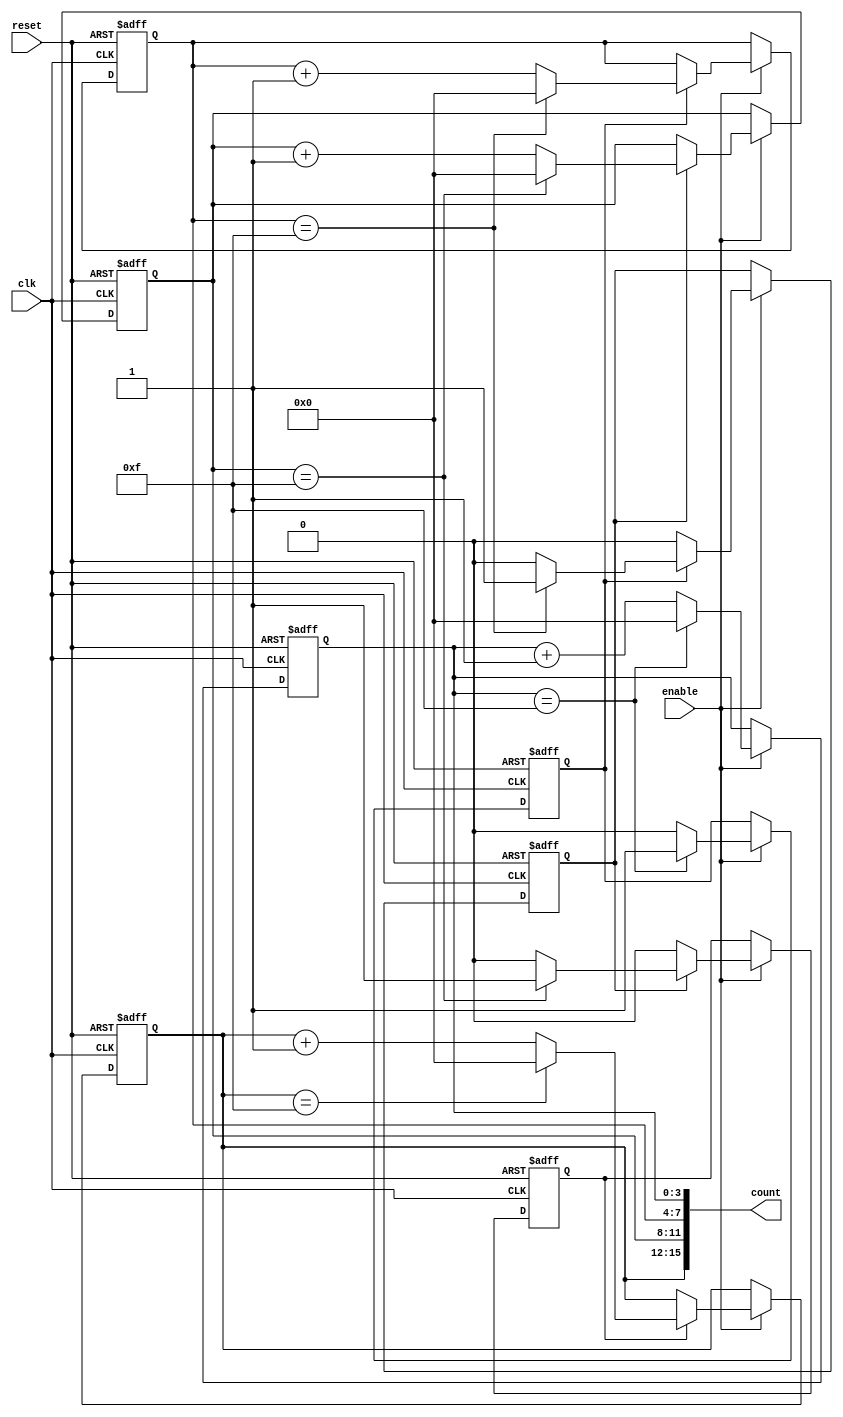
module cascaded_counter #(
    parameter NUM_BLOCKS = 4, // Number of cascaded blocks
    parameter BLOCK_SIZE = 4   // Size of each block in bits
)(
    input wire clk,            // Clock input
    input wire reset,          // Asynchronous reset
    input wire enable,         // Enable signal
    output reg [(NUM_BLOCKS * BLOCK_SIZE) - 1:0] count // Output count
);

    // Internal carry signals for each block
    wire [NUM_BLOCKS:0] carry;

    // Generate the memory blocks
    genvar i;
    generate
        for (i = 0; i < NUM_BLOCKS; i = i + 1) begin : memory_block
            if (i == 0) begin
                // LSB block
                always @(posedge clk or posedge reset) begin
                    if (reset) begin
                        count[(i + 1) * BLOCK_SIZE - 1 -: BLOCK_SIZE] <= 0;
                        carry[i] <= 0;
                    end else if (enable) begin
                        if (count[(i + 1) * BLOCK_SIZE - 1 -: BLOCK_SIZE] == (1 << BLOCK_SIZE) - 1) begin
                            count[(i + 1) * BLOCK_SIZE - 1 -: BLOCK_SIZE] <= 0;
                            carry[i] <= 1; // Generate carry
                        end else begin
                            count[(i + 1) * BLOCK_SIZE - 1 -: BLOCK_SIZE] <= count[(i + 1) * BLOCK_SIZE - 1 -: BLOCK_SIZE] + 1;
                            carry[i] <= 0; // No carry
                        end
                    end
                end
            end else begin
                // Higher blocks
                always @(posedge clk or posedge reset) begin
                    if (reset) begin
                        count[(i + 1) * BLOCK_SIZE - 1 -: BLOCK_SIZE] <= 0;
                        carry[i] <= 0;
                    end else if (enable) begin
                        if (carry[i - 1]) begin
                            if (count[(i + 1) * BLOCK_SIZE - 1 -: BLOCK_SIZE] == (1 << BLOCK_SIZE) - 1) begin
                                count[(i + 1) * BLOCK_SIZE - 1 -: BLOCK_SIZE] <= 0;
                                carry[i] <= 1; // Generate carry
                            end else begin
                                count[(i + 1) * BLOCK_SIZE - 1 -: BLOCK_SIZE] <= count[(i + 1) * BLOCK_SIZE - 1 -: BLOCK_SIZE] + 1;
                                carry[i] <= 0; // No carry
                            end
                        end else begin
                            carry[i] <= 0; // No carry from previous block
                        end
                    end
                end
            end
        end
    endgenerate

endmodule